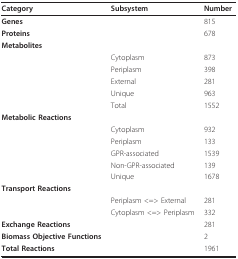
<table><thead><tr><td><b>Category</b></td><td><b>Subsystem</b></td><td><b>Number</b></td></tr></thead><tbody><tr><td><b>Genes</b></td><td></td><td>815</td></tr><tr><td><b>Proteins</b></td><td></td><td>678</td></tr><tr><td><b>Metabolites</b></td><td></td><td></td></tr><tr><td></td><td>Cytoplasm</td><td>873</td></tr><tr><td></td><td>Periplasm</td><td>398</td></tr><tr><td></td><td>External</td><td>281</td></tr><tr><td></td><td>Unique</td><td>963</td></tr><tr><td></td><td>Total</td><td>1552</td></tr><tr><td><b>Metabolic Reactions</b></td><td></td><td></td></tr><tr><td></td><td>Cytoplasm</td><td>932</td></tr><tr><td></td><td>Periplasm</td><td>133</td></tr><tr><td></td><td>GPR-associated</td><td>1539</td></tr><tr><td></td><td>Non-GPR-associated</td><td>139</td></tr><tr><td></td><td>Unique</td><td>1678</td></tr><tr><td><b>Transport Reactions</b></td><td></td><td></td></tr><tr><td></td><td>Periplasm &lt;=&gt; External</td><td>281</td></tr><tr><td></td><td>Cytoplasm &lt;=&gt; Periplasm</td><td>332</td></tr><tr><td><b>Exchange Reactions</b></td><td></td><td>281</td></tr><tr><td><b>Biomass Objective Functions</b></td><td></td><td>2</td></tr><tr><td><b>Total Reactions</b></td><td></td><td>1961</td></tr></tbody></table>